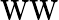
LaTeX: \mathrm{WW}